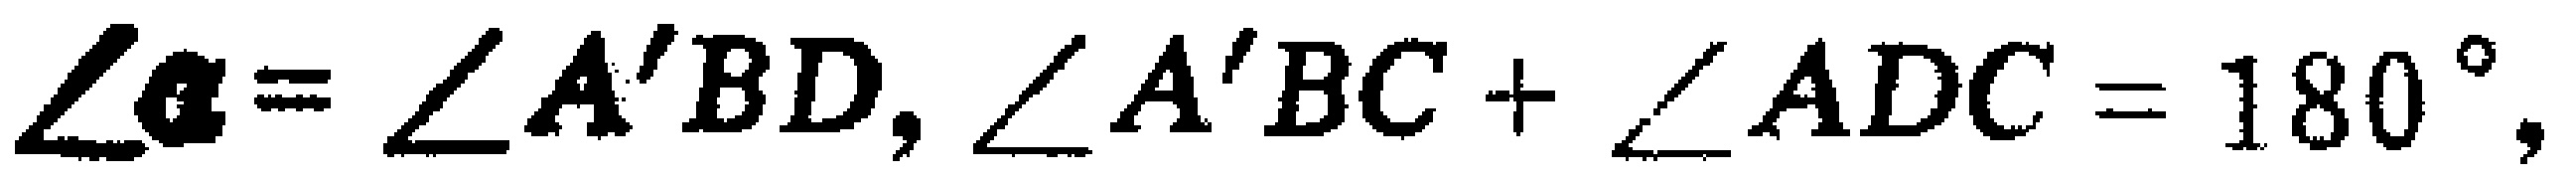
$\angle \alpha=\angle A'BD,\angle A'BC+\angle ADC = 180^{\circ},$